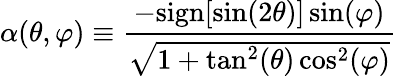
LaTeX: \alpha(\theta,\varphi)\equiv\frac{-\mathrm{sign}[\sin(2\theta)]\sin(\varphi)}{\sqrt{1+\tan^{2}(\theta)\cos^{2}(\varphi)}}